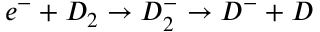
e ^ { - } + D _ { 2 } \rightarrow D _ { 2 } ^ { - } \rightarrow D ^ { - } + D